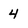
Character: 4